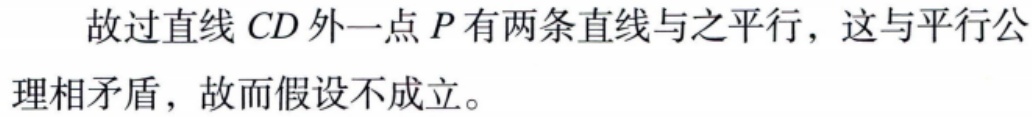
故过直线 \(CD\) 外一点 \(P\) 有两条直线与之平行，这与平行公理相矛盾，故而假设不成立。